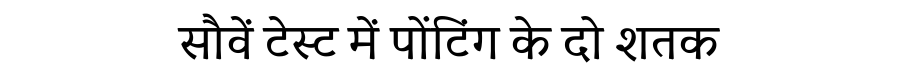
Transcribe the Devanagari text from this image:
सौवें टेस्ट में पोंटिंग के दो शतक